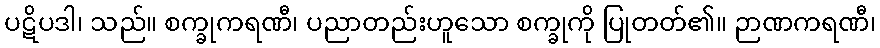
ပဋိပဒါ၊ သည်။ စက္ခုကရဏီ၊ ပညာတည်းဟူသော စက္ခုကို ပြုတတ်၏။ ဉာဏကရဏီ၊